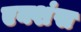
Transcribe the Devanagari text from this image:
एक्शंस